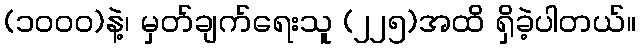
(၁၀၀၀)နဲ့၊ မှတ်ချက်ရေးသူ (၂၂၅)အထိ ရှိခဲ့ပါတယ်။